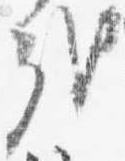
哉